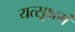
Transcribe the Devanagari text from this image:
यत्सूक्षमं